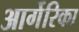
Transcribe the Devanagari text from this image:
आर्गेरिका